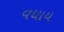
વધાય